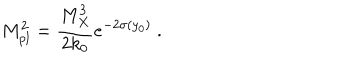
M _ { p l } ^ { 2 } = { \frac { M _ { X } ^ { 3 } } { \displaystyle { 2 k _ { 0 } } } } e ^ { - 2 \sigma ( y _ { 0 } ) } ~ . ~ \,